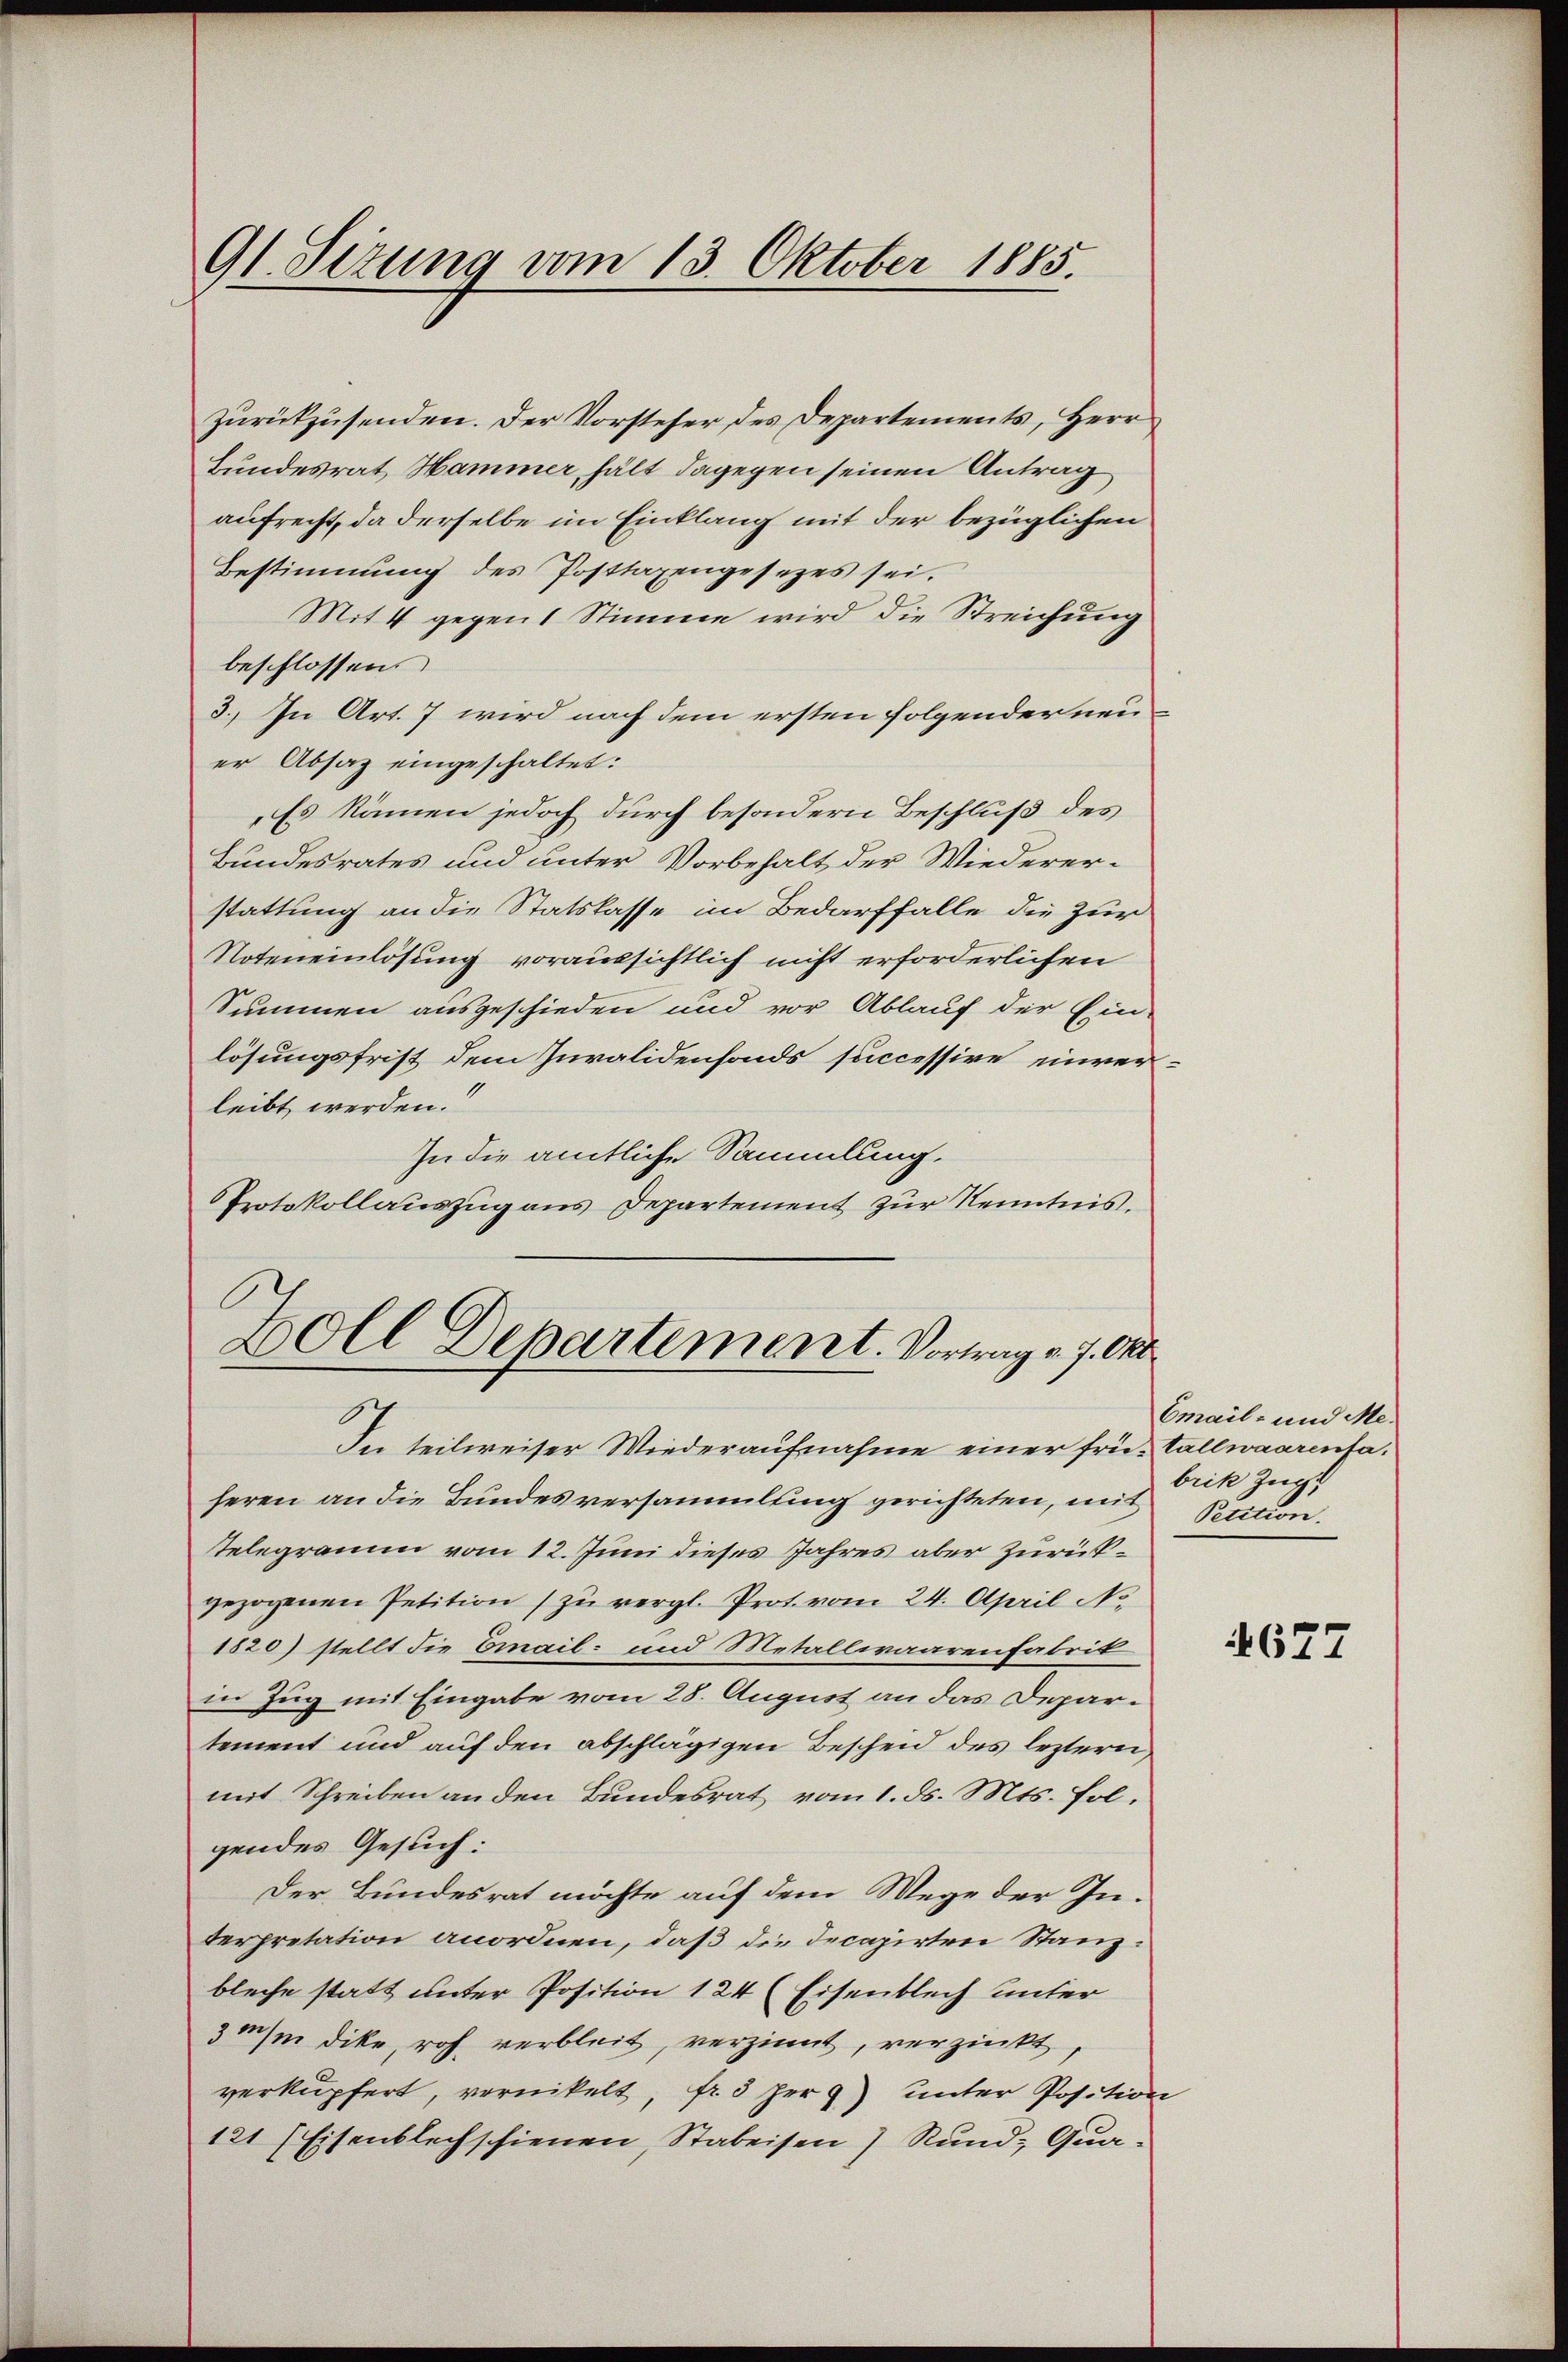
91. Sizung vom 13. Oktober 1885.

zurückzusenden. Der Vorsteher des Departements, Herr
Bundesrat Hammer, hält dagegen seinen Antrag
aufrecht, da derselbe im Einklang mit der bezüglichen
Bestimmung des Posttaxengesetzes sei.
Mit 4 gegen 1 Stimme wird die Streichung
beschlossen:
3. In Art. 7 wird nach dem ersten folgender neuer Absaz eingeschaltet:
Es kämen jedoch durch besondern Beschluß des
Bundesrates und unter Vorbehalt der Wiederer-
stattung an die Statskasse im Bedarffalle die Zur
Noteneinlösung voraussichtlich nicht erforderlichen
Summen ausgeschieden und vor Ablauf der Ein-
lösungsfrist dem Invalidenfonds successive inver-
leibt werden.
In die amtliche Sammlung.
PProtokollauszug aus Departement zur Kenntnis.
Boll Departement. Vortrag v. 7. Okt
In teilweiser Wiederaufnahme einer frü- tallwaarensaferen an die Bundesversammlung gerichteten, mit
Telegramm vom 12. Juni dieses Jahres aber zurückgezogenen Petition zu vergl. Prot. vom 24. April No
1820) stellt die Email- und Metallwaarenfabrik
in Zug mit Eingabe vom 28. August an das Departement und auf den abschlägigen Bescheid des leztern,
mit Schreiben an den Bundesrat vom 1. ds. Mts. folgendes Gesuch:
Der Bundesrat möchte auf dem Wege der Interpretation anordnen, daß die Decazirten Stanzbleche statt unter Position 124 (Eisenblech unter
3mhin dike, roh verbleit, verzinnt, verzinkt,
verkupfert, vernikelt, fr. 3 per unter Position
121 (Eisenblechschienen, Stabeisen) und Qua¬

Email- und Mebrik Zuc
Petition.

677